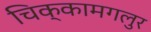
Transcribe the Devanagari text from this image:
चिक्कामगलुर